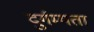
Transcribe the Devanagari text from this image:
दुर्गम्यता